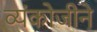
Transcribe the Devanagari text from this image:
व्यंकोजीने